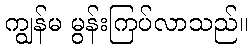
ကျွန်မ မွန်းကြပ်လာသည်။